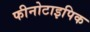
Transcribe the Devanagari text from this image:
फीनोटाइपिक